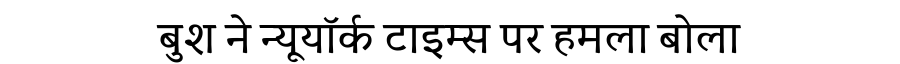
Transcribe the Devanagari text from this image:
बुश ने न्यूयॉर्क टाइम्स पर हमला बोला